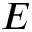
E